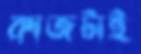
কাজটাই